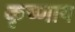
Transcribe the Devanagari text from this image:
कृष्णाय